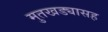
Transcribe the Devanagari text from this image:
मुतखड्यासह